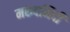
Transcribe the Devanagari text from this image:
मरुदभिदी